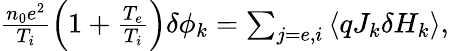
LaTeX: \begin{array}{r}{\frac{n_{0}e^{2}}{T_{i}}\left(1+\frac{T_{e}}{T_{i}}\right)\delta\phi_{k}=\sum_{j=e,i}\left\langle qJ_{k}\delta H_{k}\right\rangle,}\end{array}